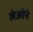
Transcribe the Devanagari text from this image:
लेओने